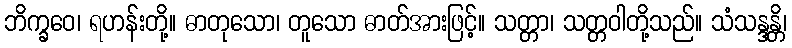
ဘိက္ခဝေ၊ ရဟန်းတို့။ ဓာတုသော၊ တူသော ဓာတ်အားဖြင့်။ သတ္တာ၊ သတ္တဝါတို့သည်။ သံသန္ဒန္တိ၊